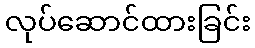
လုပ်ဆောင်ထားခြင်း